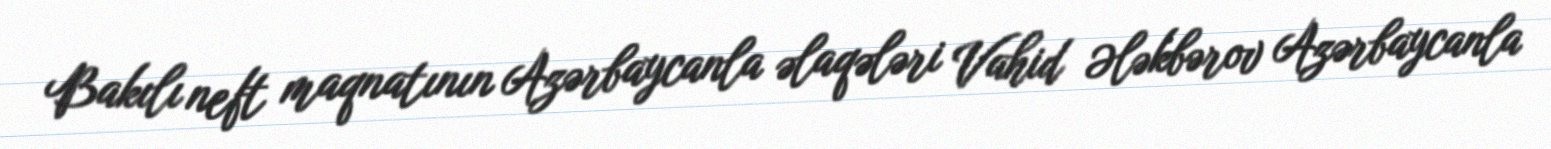
Bakılı neft maqnatının Azərbaycanla əlaqələri Vahid Ələkbərov Azərbaycanla